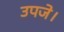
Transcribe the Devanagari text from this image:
उपजे।